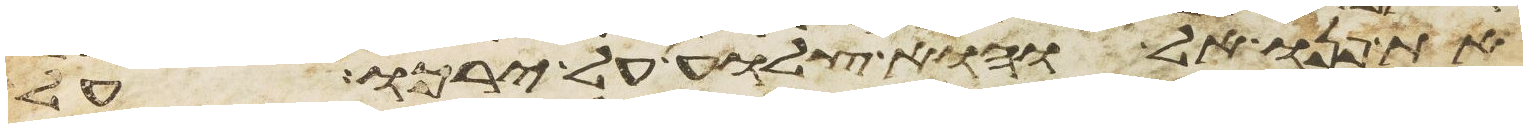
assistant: את פנואל והוא צלוע על ירכו על